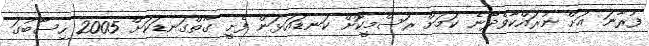
ފުރާނަ އަށް ނުރައްކާވެދާނެ ކަމަށް ރަސްމީކޮށް ކަނޑައަޅަން ފެށީ ގާތްގަނޑަކަށް 2005 ހިސާބުގަ